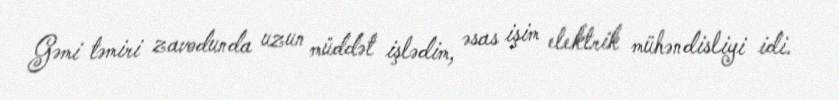
Gəmi təmiri zavodunda uzun müddət işlədim, əsas işim elektrik mühəndisliyi idi.